65_HS1-834228961_62-HQ-83894_Section_4
Agency: FBI
Page 78
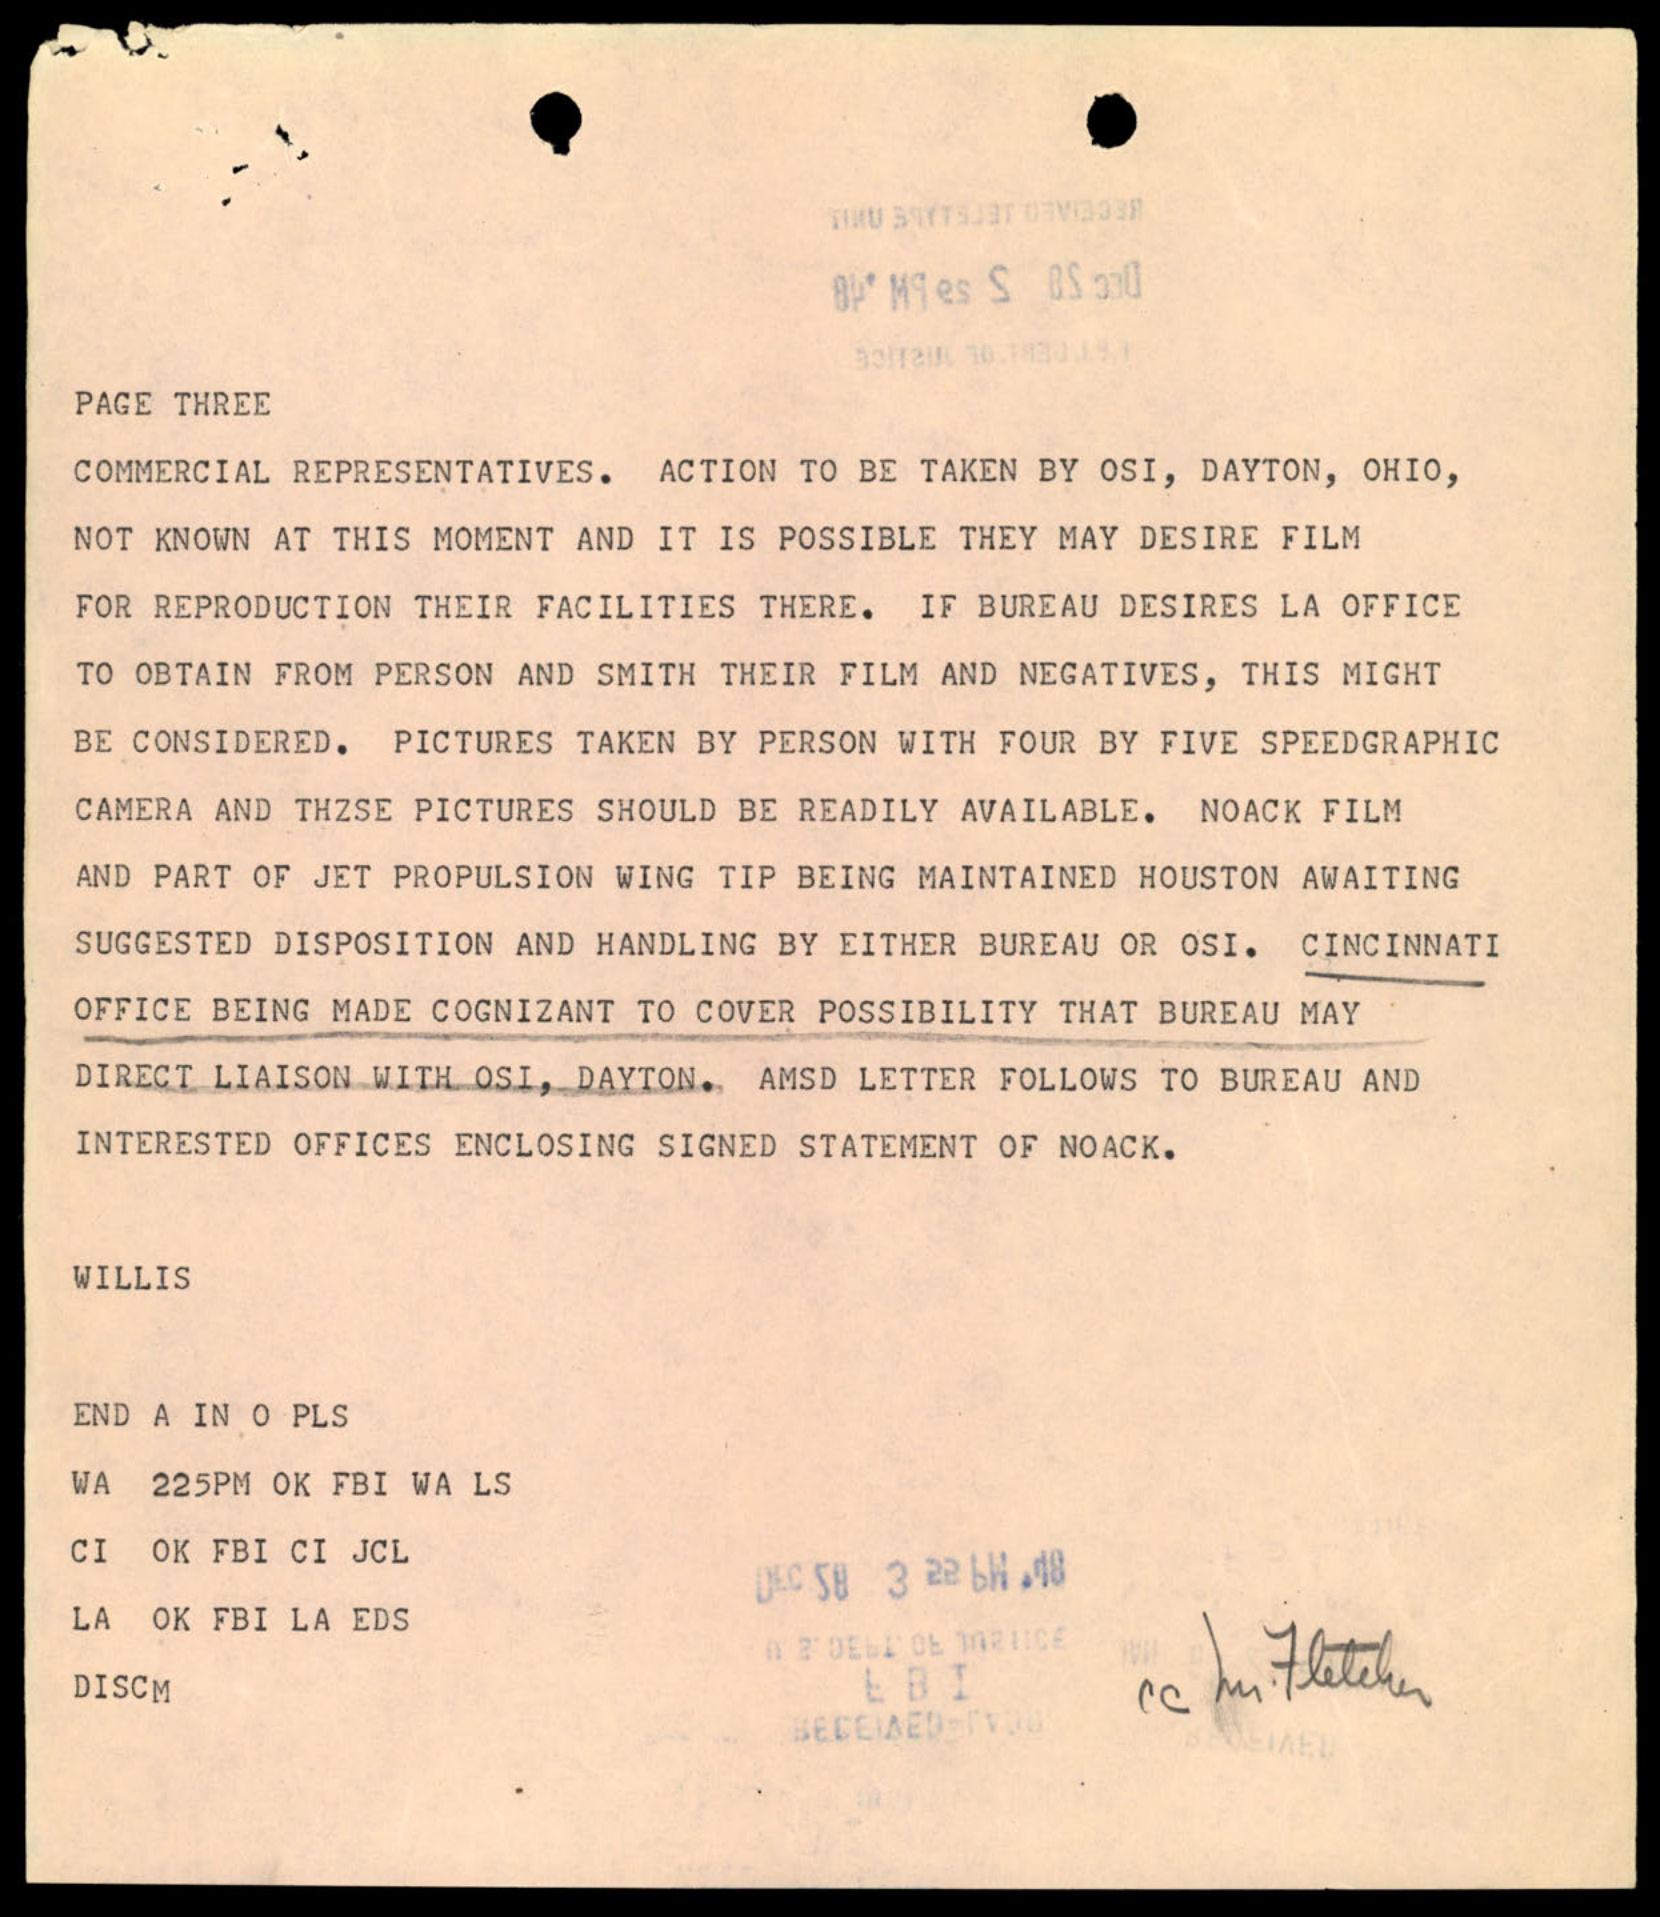